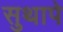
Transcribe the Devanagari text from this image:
सुथापे